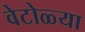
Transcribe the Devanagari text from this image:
वेटोळ्या